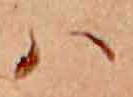
ハ